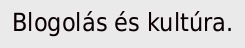
Blogolás és kultúra.